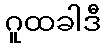
ဂူထခါဒီ